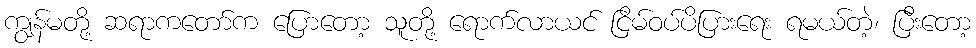
ကျွန်မတို့ ဆရာကတော်က ပြောတော့ သူတို့ ရောက်လာယင် ငြိမ်ဝပ်ပိပြားရေး ရမယ်တဲ့၊ ပြီးတော့